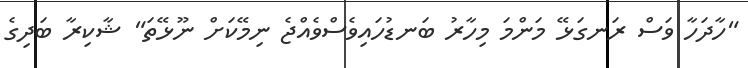
"ހާދަހާ ވަސް ރަނގަޅޭ މަންމަ މިހާރު ބަނޑުހައިވެސްވެއްޖެ ނިމޭކަށް ނޫޅޭތަ" ޝާކިރާ ބަދިގެ